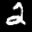
Label: 2